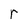
Character: r